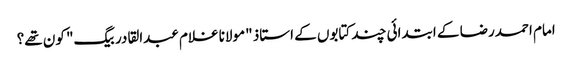
امام احمدرضا کے ابتدائی چند کتابوں کے استاذ "مولانا غلام عبدالقادر بیگ" کون تھے؟